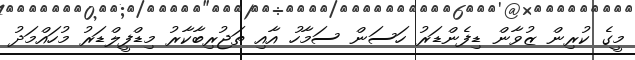
މީގެ ކުރިން ޒުވާން ޑިފެންޑަރު ހަސަން ސަމާހު އާއި ތަޖުރިބާކާރު މިޑްފީލްޑަރު މުހައްމަދު